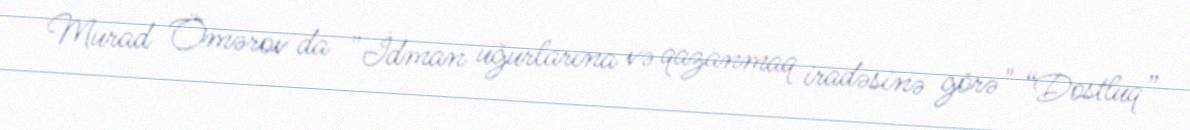
Murad Ömərov da "İdman uğurlarına və qazanmaq iradəsinə görə" “Dostluq”